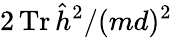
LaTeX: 2\operatorname{Tr}\hat{h}^{2}/(md)^{2}